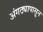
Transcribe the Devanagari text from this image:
अंगठ्यापासून